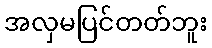
အလှမပြင်တတ်ဘူး